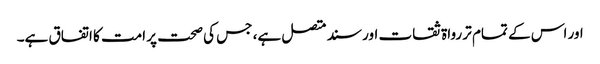
اور اس کے تمام تر رواۃ ثقات اور سند متصل ہے، جس کی صحت پر امت کا اتفاق ہے۔